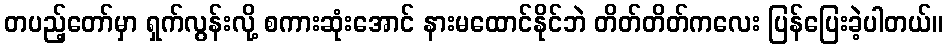
တပည့်တော်မှာ ရှက်လွန်းလို့ စကားဆုံးအောင် နားမထောင်နိုင်ဘဲ တိတ်တိတ်ကလေး ပြန်ပြေးခဲ့ပါတယ်။